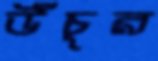
উঁচুর